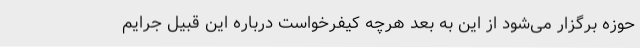
حوزه برگزار می‌شود از این به بعد هرچه کیفرخواست درباره این قبیل جرایم